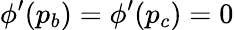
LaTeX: \phi^{\prime}(p_{b})=\phi^{\prime}(p_{c})=0